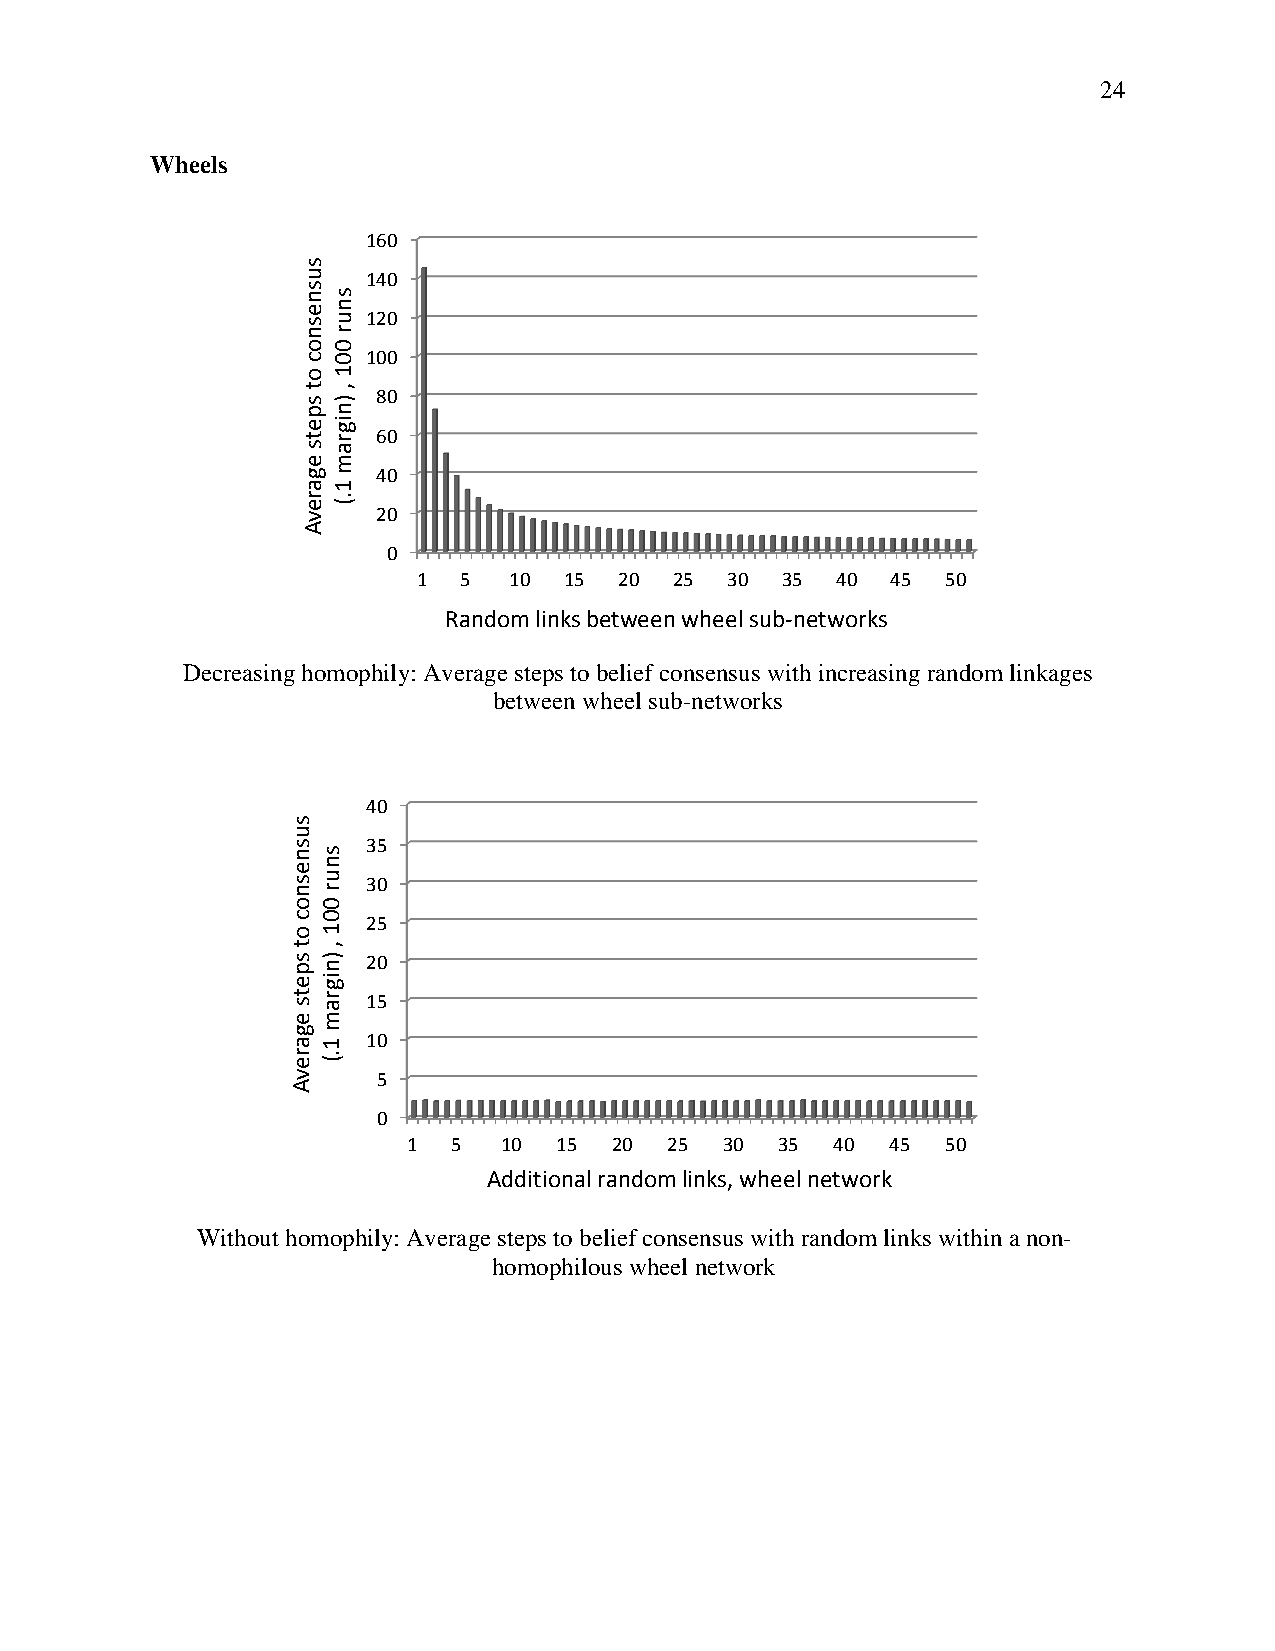
24
 Wheels
 160
 140
 120
 100
 80
 60
 40
 20
 0
 1  5  10 15  20  25 30  35 40  45  50
 Random links between wheel sub-networks
 Decreasing homophily: Average steps to belief consensus with increasing random linkages
 between wheel sub-networks
 40
 35
 30
 25
 20
 15
 10
 5
 0
 1  5  10  15  20 25  30  35 40  45  50
 Additional random links, wheel network
 Without homophily: Average steps to belief consensus with random links within a non-
 homophilous wheel network
 susnesnoc
 ot
 spets
 egarevA
 susnesnoc
 ot
 spets
 egarevA
 snur
 001
 ,
 )nigram
 1.(
 snur
 001
 ,
 )nigram
 1.(